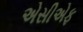
એસીએફ